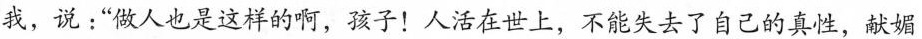
我，说:“做人也是这样的啊，孩子!人活在世上，不能失去了自己的真性，献城